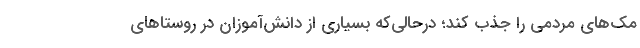
مک‌های مردمی را جذب کند؛ درحالی‌که بسیاری از دانش‌آموزان در روستاهای